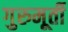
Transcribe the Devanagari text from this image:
गुरुमूर्ती